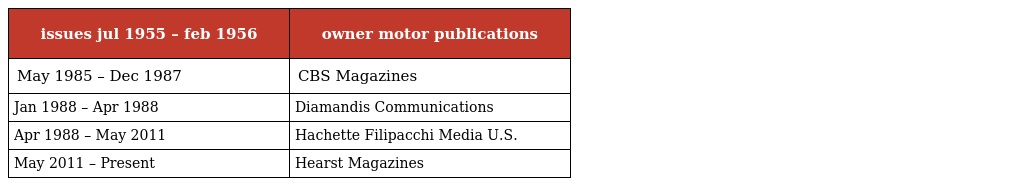
| issues jul 1955 – feb 1956 | owner motor publications |
 | --- | --- |
 | May 1985 – Dec 1987 | CBS Magazines |
 | Jan 1988 – Apr 1988 | Diamandis Communications |
 | Apr 1988 – May 2011 | Hachette Filipacchi Media U.S. |
 | May 2011 – Present | Hearst Magazines |